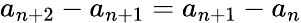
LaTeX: a_{n+2}-a_{n+1}=a_{n+1}-a_{n}